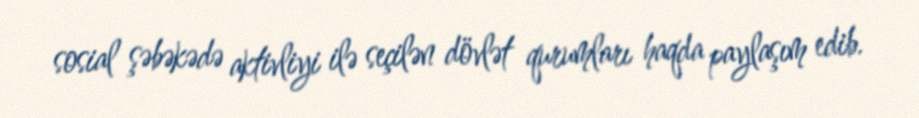
sosial şəbəkədə aktivliyi ilə seçilən dövlət qurumları haqda paylaşım edib.